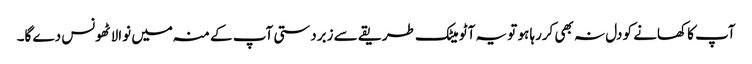
آپ کا کھانے کو دل نہ بھی کررہا ہو تو یہ آٹو میٹک طریقے سے زبردستی آپ کے منہ میں نوالا ٹھونس دے گا۔